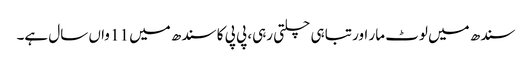
سندھ میں لوٹ مار اور تباہی چلتی رہی، پی پی کا سندھ میں 11 واں سال ہے۔